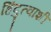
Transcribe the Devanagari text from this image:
हिंदुत्वाशी